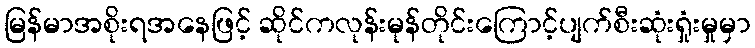
မြန်မာအစိုးရအနေဖြင့် ဆိုင်ကလုန်းမုန်တိုင်းကြောင့်ပျက်စီးဆုံးရှုံးမှုမှာ